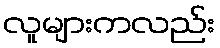
လူများကလည်း